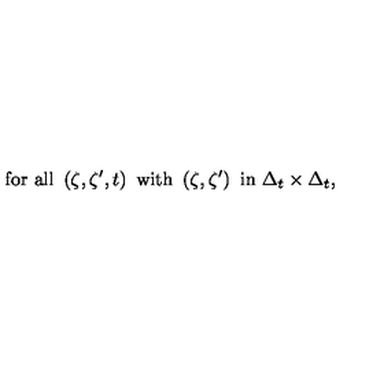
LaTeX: \mathrm { f o r \ a l l \ } \left( \zeta , \zeta ^ { \prime } , t \right) \mathrm { \ w i t h \ } \left( \zeta , \zeta ^ { \prime } \right) \mathrm { \ i n \ } \Delta _ { t } \times \Delta _ { t } ,